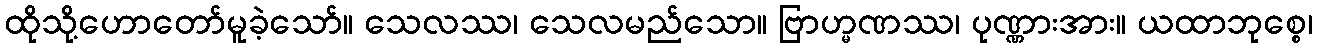
ထိုသို့ဟောတော်မူခဲ့သော်။ သေလဿ၊ သေလမည်သော။ ဗြာဟ္မဏဿ၊ ပုဏ္ဏားအား။ ယထာဘုစ္စေ၊